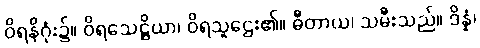
ဝိရနိဂုံး၌။ ဝိရသေဋ္ဌိယာ၊ ဝိရသူဌေး၏။ ဓီတာယ၊ သမီးသည်။ ဒိန္နံ၊